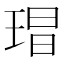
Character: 𭹕